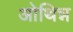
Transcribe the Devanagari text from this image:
ओथिन्न